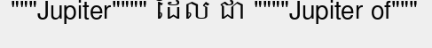
"""Jupiter"""" ដែល ជា """"Jupiter of"""